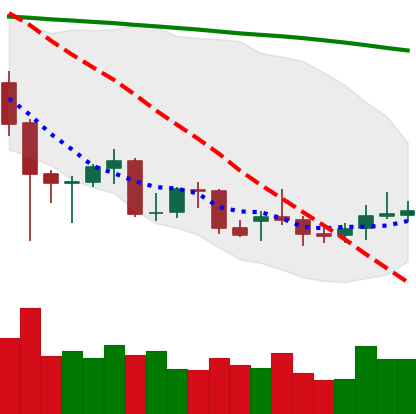
Ticker: XMR-USD
Chart end date: 2021-12-22
Forward return: 15.622%
Label: up_7plus